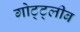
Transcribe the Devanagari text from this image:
गोट्ट्लीब